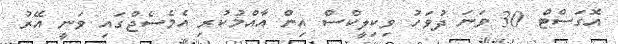
އޮގަސްޓް 30 ވަނަ ދުވަހު ވިކިލީކްސް އިން އާއްމުކުރި އެމެސެޖްގައި ވަނީ އޭރު